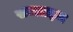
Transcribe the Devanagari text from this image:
सब्लाइम